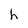
Character: h